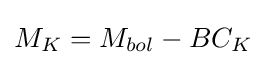
M_{K}=M_{bol}-BC_{K}\!